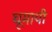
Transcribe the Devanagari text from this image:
घूमायी